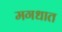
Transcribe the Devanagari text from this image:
मगधात